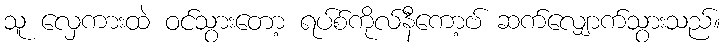
သူ လှေကားထဲ ဝင်သွားတော့ ရပ်စ်ကိုလ်နီကော့ဗ် ဆက်လျှောက်သွားသည်။